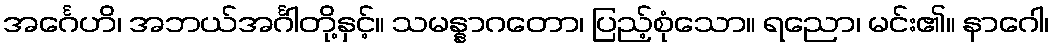
အင်္ဂေဟိ၊ အဘယ်အင်္ဂါတို့နှင့်။ သမန္နာဂတော၊ ပြည့်စုံသော။ ရညော၊ မင်း၏။ နာဂေါ၊